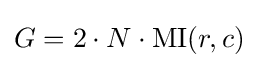
G=2\cdot N\cdot \operatorname {MI} (r,c)